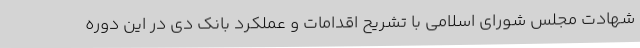
شهادت مجلس شورای اسلامی با تشریح اقدامات و عملکرد بانک دی در این دوره